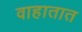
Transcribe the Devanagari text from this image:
वाहातात